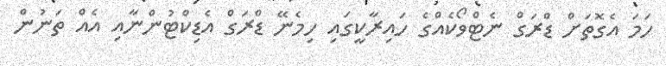
ހަމަ އެގޮތަށް ޑްރަގް ނެޓްވޯކެއްގެ ހައިރާކީގައި ހިމެނޭ ޑްރަގް އެޑިކްޓުންނާއި އެއް ތަނުން